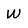
Character: w